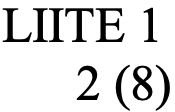
LIITE 1 2 (8)